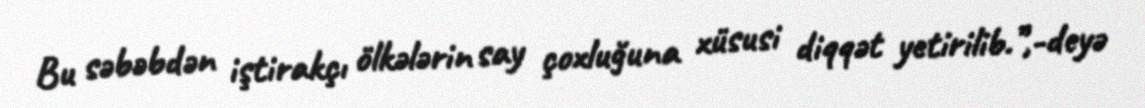
Bu səbəbdən iştirakçı ölkələrin say çoxluğuna xüsusi diqqət yetirilib.”,-deyə